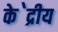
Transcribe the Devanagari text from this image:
के॓द्रीय